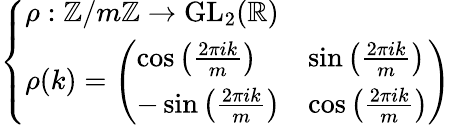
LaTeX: \left\{ \begin{array}{ll}{\rho:\mathbb{Z}/m\mathbb{Z}\to{\mathrm{GL}}_{2}(\mathbb{R})}\\ {\rho(k)={\left(\begin{array}{ll}{\cos\left({\frac{2\pi ik}{m}}\right)}&{\sin\left({\frac{2\pi ik}{m}}\right)}\\ {-\sin\left({\frac{2\pi ik}{m}}\right)}&{\cos\left({\frac{2\pi ik}{m}}\right)}\end{array}\right)}}\end{array}\right.